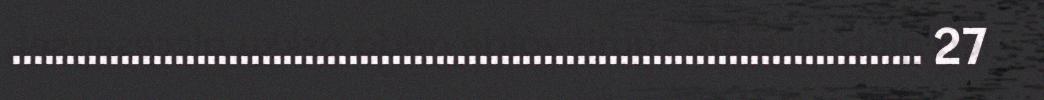
.................................................................................... 27